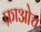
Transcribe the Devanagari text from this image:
फ्राओच